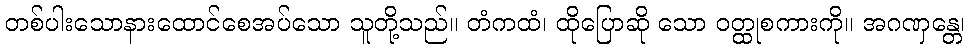
တစ်ပါးသောနားထောင်စေအပ်သော သူတို့သည်။ တံကထံ၊ ထိုပြောဆို သော ဝတ္ထုစကားကို။ အဂဏှန္တေ၊